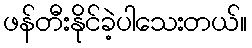
ဖန်တီးနိုင်ခဲ့ပါသေးတယ်။